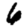
Digit: 6